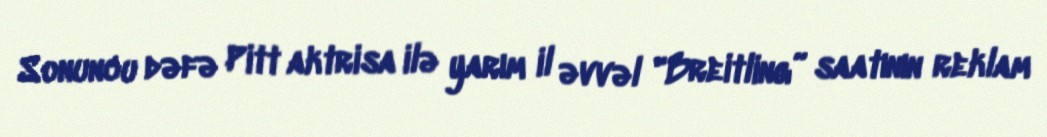
Sonuncu dəfə Pitt aktrisa ilə yarım il əvvəl "Breitling” saatının reklam